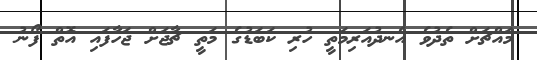
މައްޗަށް ތެދުވެ އެނދުއަރިމަތީ ހުރި ކަބަޑުގެ މަތީ ޗާޖަށް ޖަހާފައި އޮތް ފޯނު